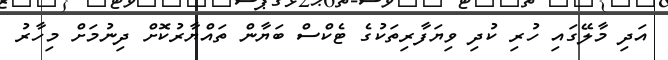
އަދި މާލޭގައި ހުރި ކުދި ވިޔަފާރިތަކުގެ ޓެކްސް ބަޔާން ތައްޔާރުކޮށް ދިނުމަށް މިހާރު